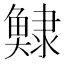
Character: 𩸺